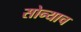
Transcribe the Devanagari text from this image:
सोन्याच